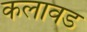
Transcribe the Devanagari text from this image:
कलावड